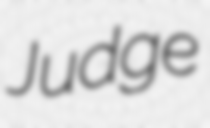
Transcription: Judge